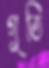
গুতি